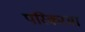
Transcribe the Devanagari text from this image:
परिकरमा